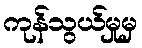
ကုန်သွယ်မှုမှ